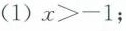
(1)$$x > - 1$$；